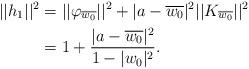
LaTeX: \begin{align*}||h_1||^2&=||\varphi_{\overline{w_0}}||^2+|a-\overline{w_0}|^2||K_{\overline{w_0}}||^2\\&=1+\frac{|a-\overline{w_0}|^2}{1-|w_0|^2}.\end{align*}